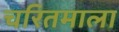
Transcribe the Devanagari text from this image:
चरितमाला